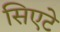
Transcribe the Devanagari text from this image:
सिएटे